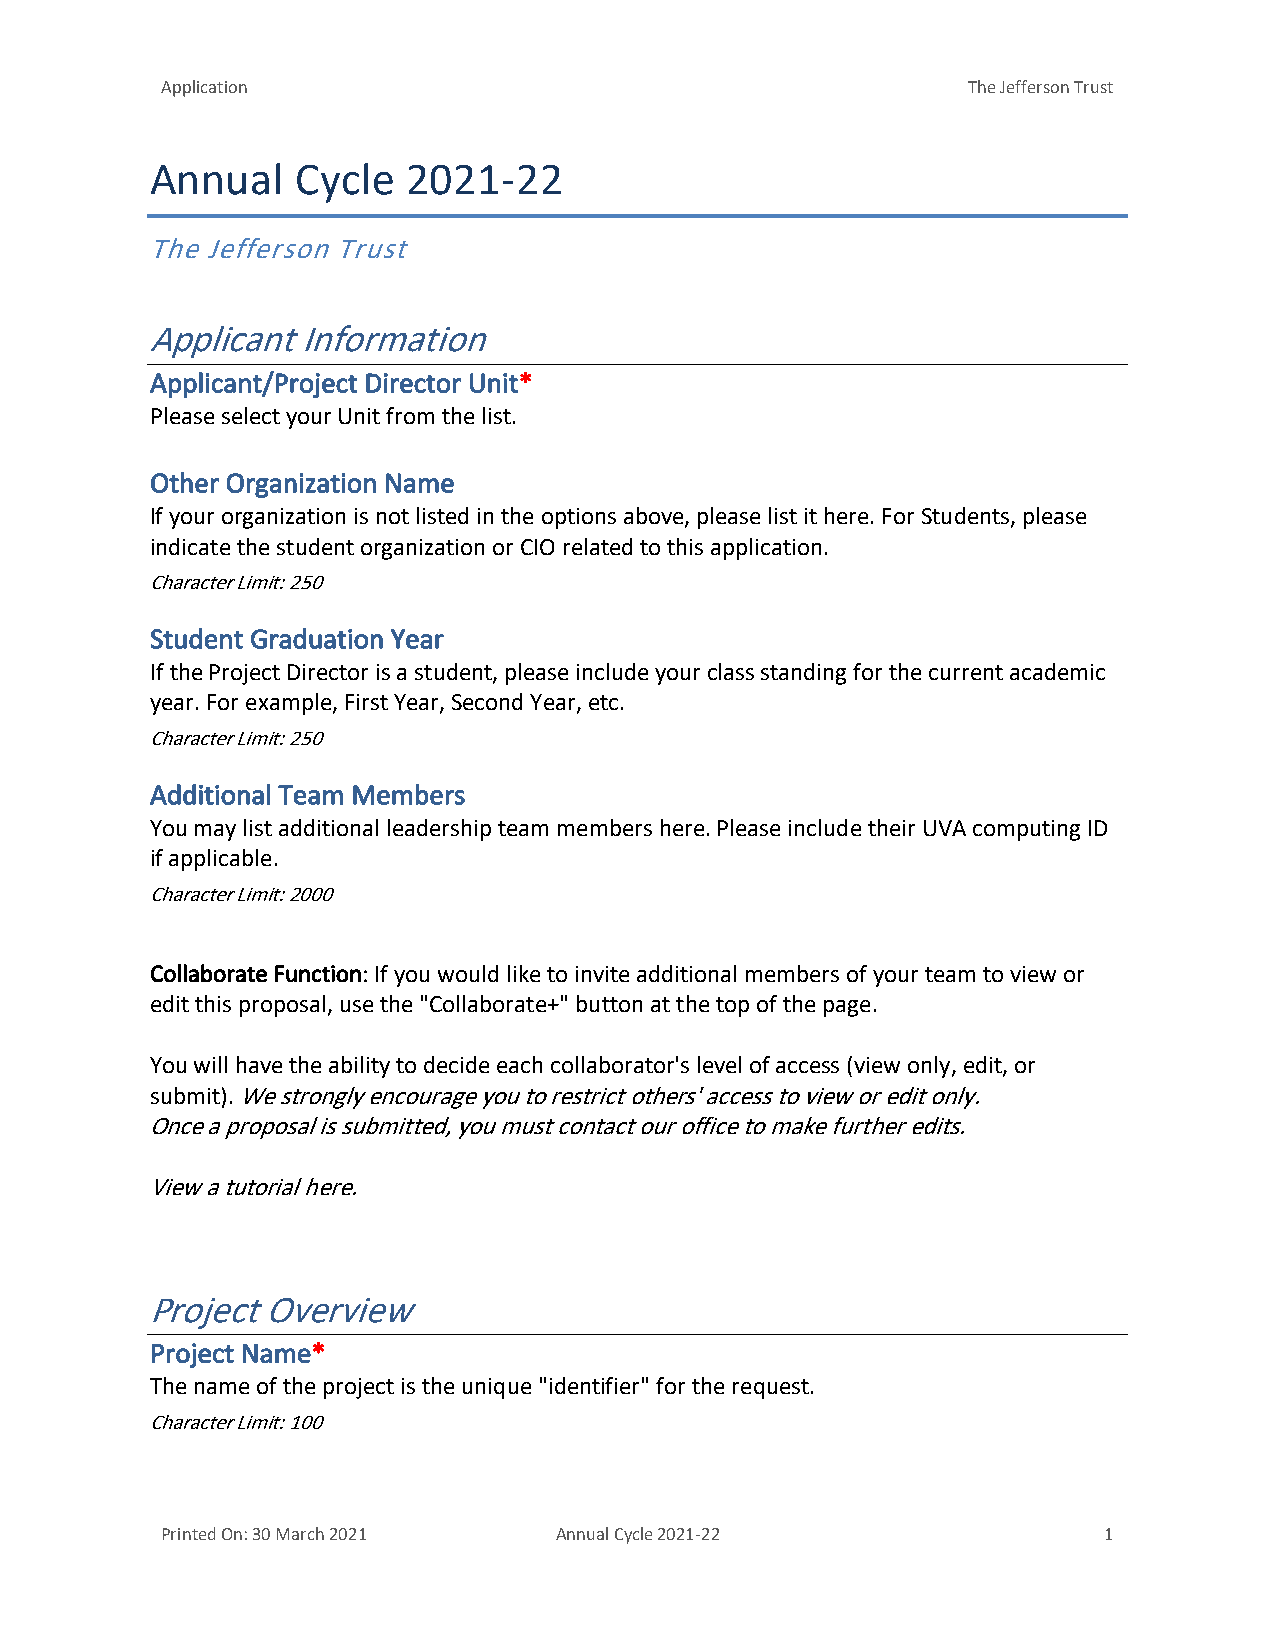
Application                                          The Jefferson Trust
 Annual    Cycle  2021-22
 The Jefferson Trust
 Applicant Information
 Applicant/Project Director Unit*
 Please select your Unit from the list.
 Other Organization Name
 If your organization is not listed in the options above, please list it here. For Students, please
 indicate the student organization or CIO related to this application.
 Character Limit: 250
 Student Graduation Year
 If the Project Director is a student, please include your class standing for the current academic
 year. For example, First Year, Second Year, etc.
 Character Limit: 250
 Additional Team Members
 You may list additional leadership team members here. Please include their UVA computing ID
 if applicable.
 Character Limit: 2000
 Collaborate Function: If you would like to invite additional members of your team to view or
 edit this proposal, use the "Collaborate+" button at the top of the page.
 You will have the ability to decide each collaborator's level of access (view only, edit, or
 submit). We strongly encourage you to restrict others' access to view or edit only.
 Once a proposal is submitted, you must contact our office to make further edits.
 View a tutorial here.
 Project Overview
 Project Name*
 The name of the project is the unique "identifier" for the request.
 Character Limit: 100
 Printed On: 30 March 2021 Annual Cycle 2021-22                1